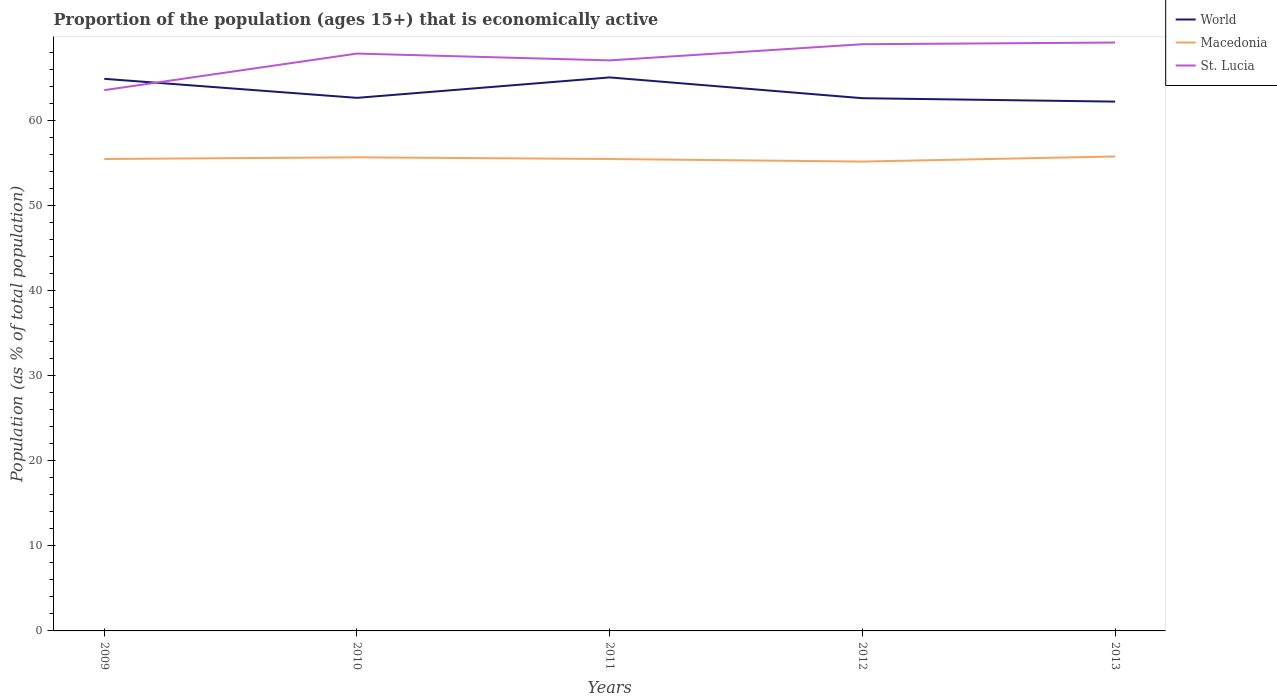
| Years | World | Macedonia | St. Lucia |
 | --- | --- | --- | --- |
 | 2009 | 64.9 | 55.5 | 63.6 |
 | 2010 | 62.7 | 55.7 | 67.9 |
 | 2011 | 65.1 | 55.5 | 67.1 |
 | 2012 | 62.7 | 55.2 | 69 |
 | 2013 | 62.3 | 55.8 | 69.2 |